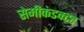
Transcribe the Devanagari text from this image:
सेमीकंडक्‍टर